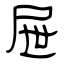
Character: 屉